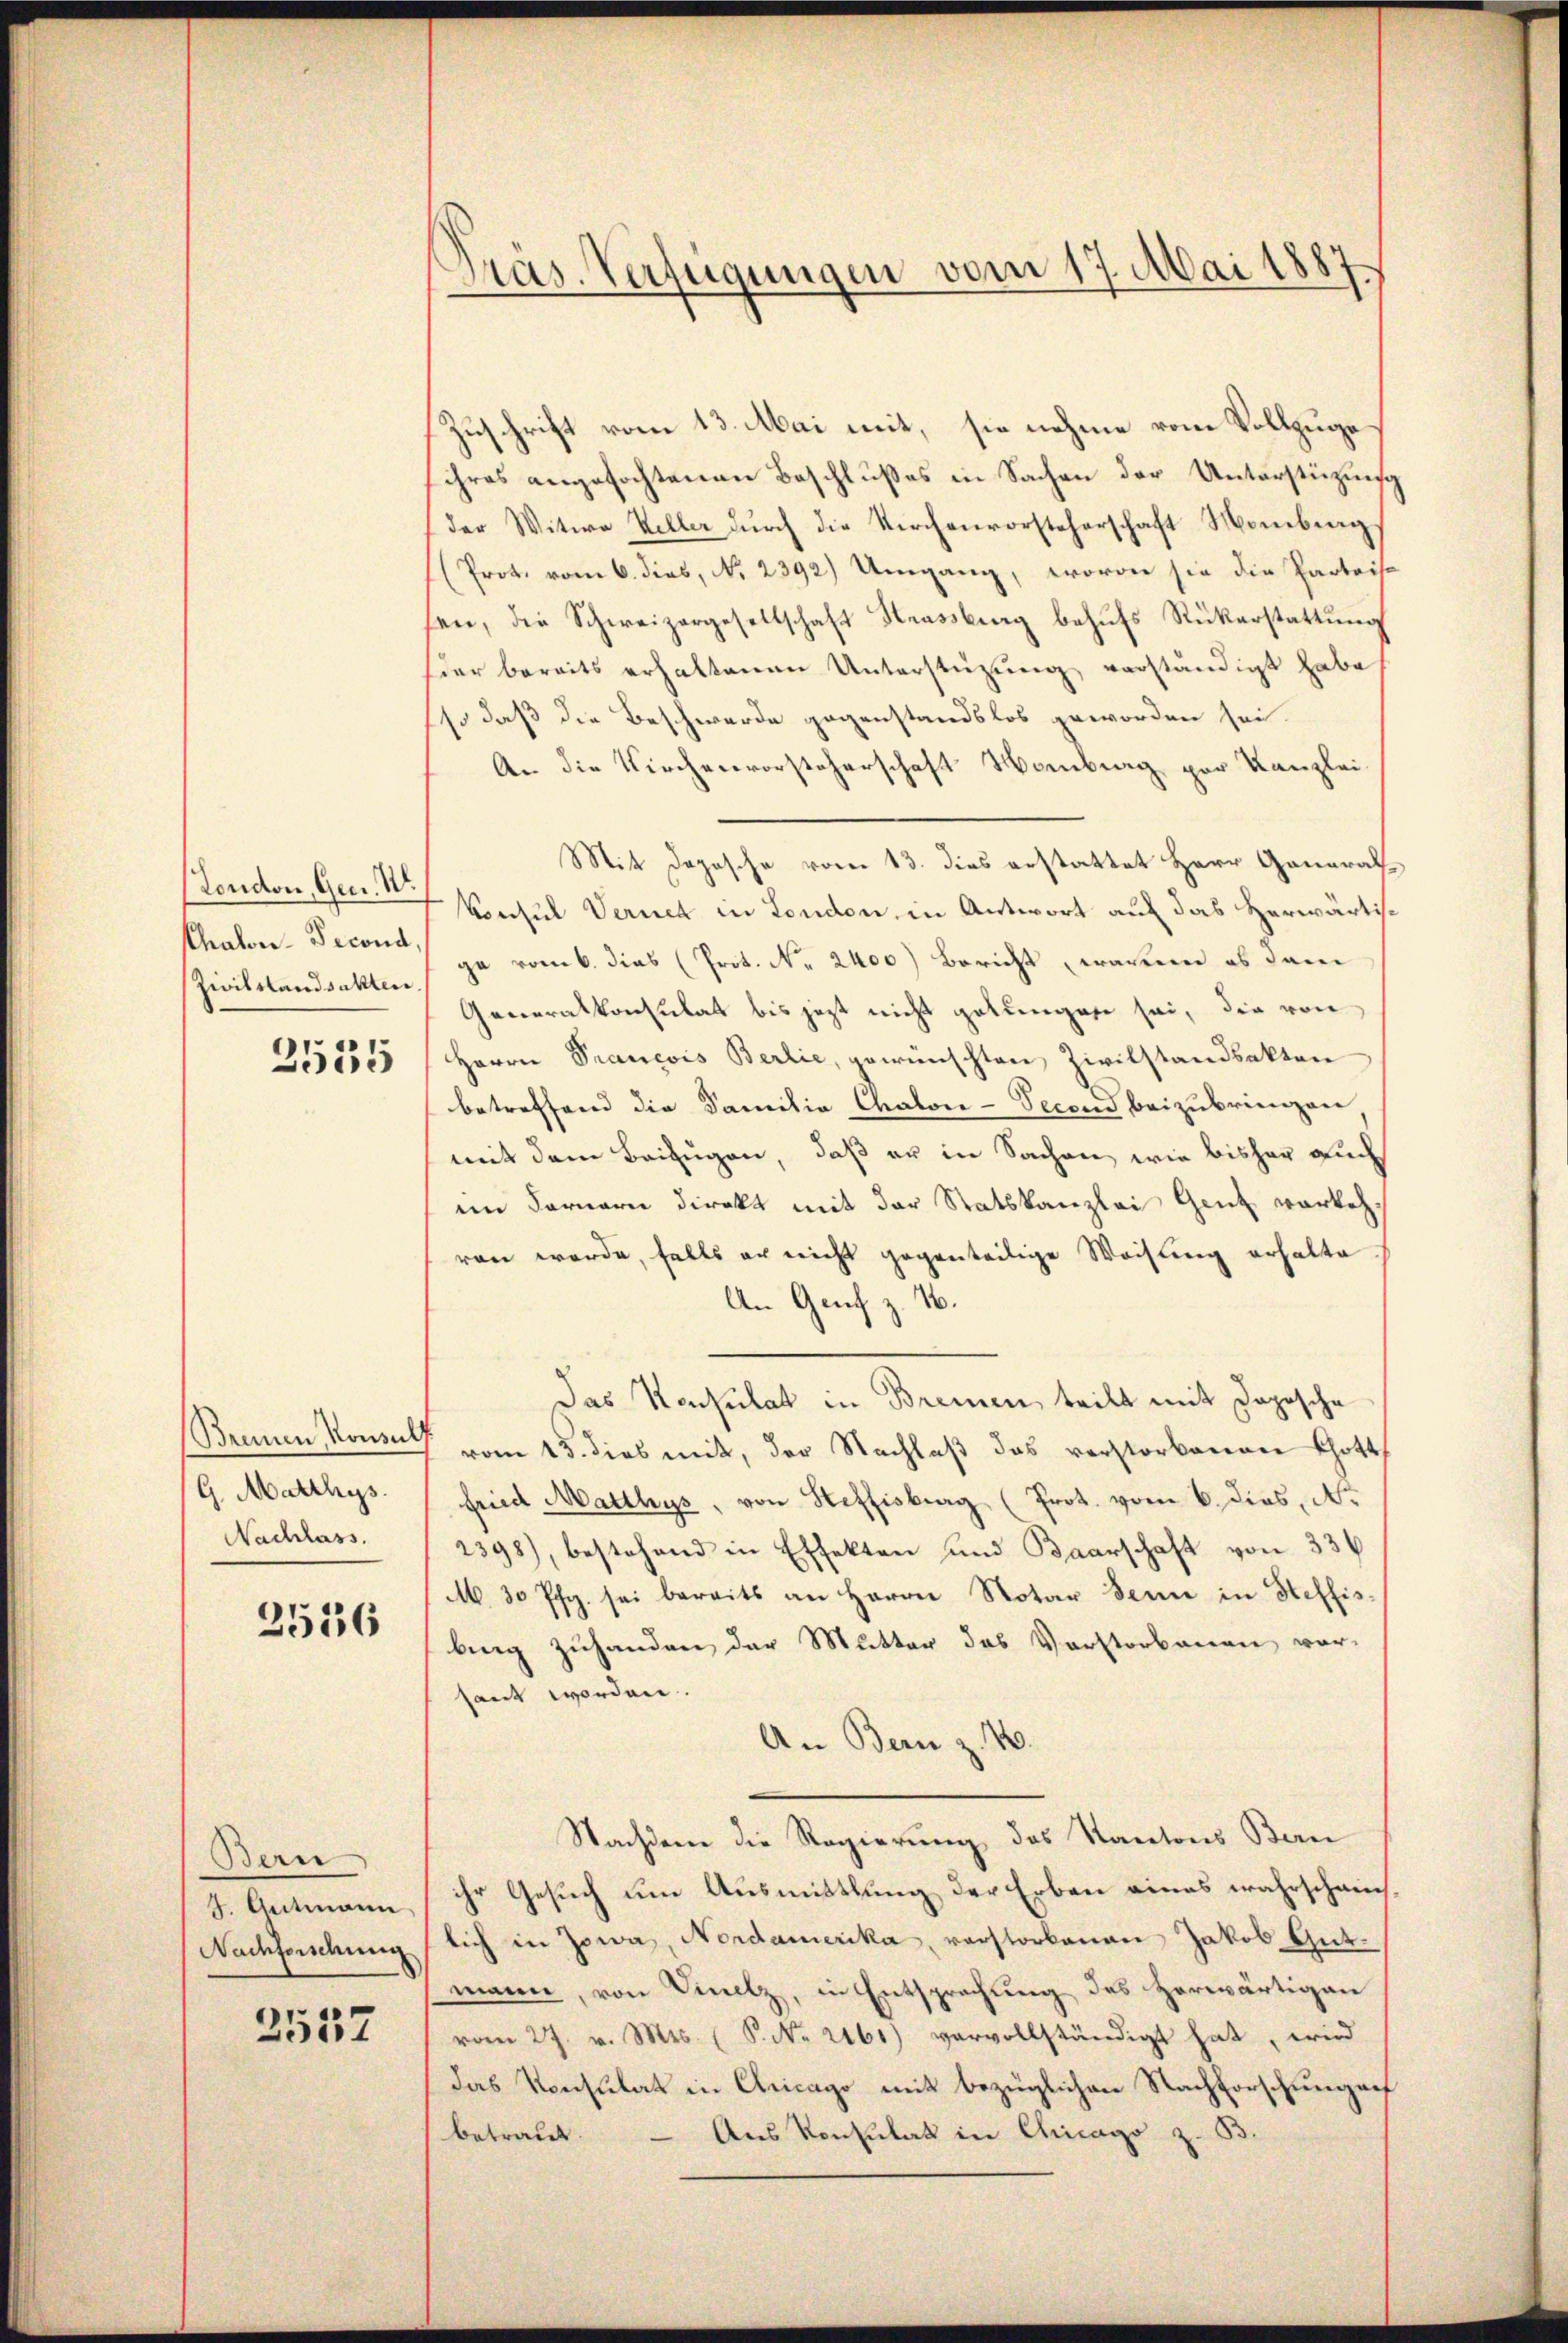
(London, Gen. W.
Thator. Decond
Zivilstandsakten

3535

Bremen, Konsul
G. Matthys.
Nachlass.

3536

Bern
J. Amtmann
Nachforschung

2557

Präs. Verfügungen vom 17. Mai 1887.

Zuschrift vom 13. Mai mit, sie nehme vom Vollzuge
ihres angefochtenen Beschlußes in Sachen der Unterstützung
der Witwe Weller durch die Kirchenvorsteherschaft Mombing
(Prot. vom 6. dies, No. 2392) Umgang, worin sie die Parteite
en, die Schweizergesellschaft Strassburg behufs Rükerstattung
der bereits erhaltenen Unterstüzung verständigt habe
so daß die Beschwerde gegenstandslos geworden sei.
An die Kirchenvorsteherschaft Nomberg par Kanzlei-
Mit Depesche vom 13. dies erstattet Herr General¬
Vonsul Vernet in London, in Antwort auf das Herwärtisga vom 6. dies (Prot. No. 2400) Bericht, war es dan
Generalkonsulat bis jetzt nicht getrengage sei, die von
Herrn Prancois Berlie, gewünschten Zivilstandsakten
betreffend die Familia Chabon-Second beizubringen
mit dem Beifügen, daß er in Sachen, wie bisher auch
im Fernern direkt mit der Statskanzlei Gent verkehren werde, falls er nicht gegenteilige Weisung erhalte
An Genf z. B.
Das Konsulat in Bremen teilt mit Dopische
vom 15. dies mit, der Nachlaβ das verstorbennen Gott
fried Matthys, von Steffisburg (Prot. vom 6. dies, N.
2398), bestehend in Effekten und Baarschaft von 33
M. 30 Pfg. sei bereits an Herrn Notar Jenne in Steffisbing zuhanden der Mutter des Vorstorbenen vor-
sant worden.
An Bern z. 10.
Nachdem die Regierung des Kantons Bern
ihr Gesuch um Ausmittlung der Erben eines wahrscheinlich in Jowa, Nordamerika, verstorbenen Jakob Gutmann, von Dinetz, in Entsprechung des herwärtigen
vom 27. v. Mts. (S. Nr. 2461) vervollständigt hat, wird
Das Konsulat in Chicago mit bezüglichen Nachforschungen
betraut. — Aus Konsulat in Chicago z. B.